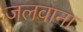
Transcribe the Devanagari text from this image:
जलवाना